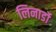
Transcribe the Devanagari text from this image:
लिनार्डो